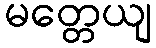
မတ္တေယျ